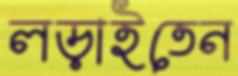
লড়াইতেন